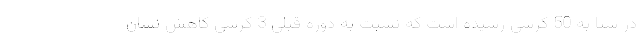
در سنا به 50 کرسی رسیده است که نسبت به دوره قبلی 3 کرسی کاهش نشان